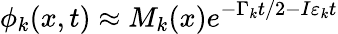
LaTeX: \phi_{k}(x,t)\approx M_{k}(x)e^{-\Gamma_{k}t/2-I\varepsilon_{k}t}